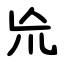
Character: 㠩